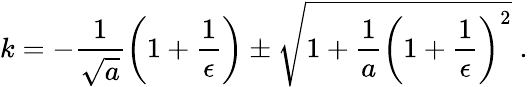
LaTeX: k=-\frac{1}{\sqrt{a}}\left(1+\frac{1}{\epsilon}\right)\pm\sqrt{1+\frac{1}{a}\left(1+\frac{1}{\epsilon}\right)^{2}}\; .